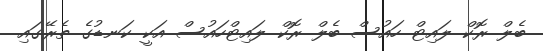
ބެލް ރޮކް ލައިޓް ހައުސް ބެލް ރޮކް ލައިޓްހައުސް އަކީ ކަނޑުގެ ތެރޭގައި